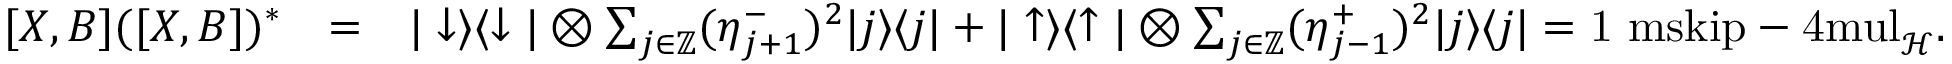
\begin{array} { r l r } { [ X , B ] ( [ X , B ] ) ^ { * } } & { = } & { | \downarrow \rangle \langle \downarrow | \otimes \sum _ { j \in { \mathord { \mathbb Z } } } ( \eta _ { j + 1 } ^ { - } ) ^ { 2 } | j \rangle \langle j | + | \uparrow \rangle \langle \uparrow | \otimes \sum _ { j \in { \mathord { \mathbb Z } } } ( \eta _ { j - 1 } ^ { + } ) ^ { 2 } | j \rangle \langle j | = { \mathchoice { \mathrm { 1 \ m s k i p - 4 m u l } } { \mathrm { 1 \ m s k i p - 4 m u l } } { \mathrm { 1 \ m s k i p - 4 . 5 m u l } } { \mathrm { 1 \ m s k i p - 5 m u l } } } _ { \mathcal { H } } . } \end{array}